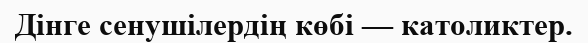
Дінге сенушілердің көбі — католиктер.